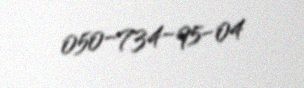
050-734-95-04